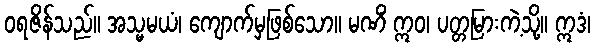
ဝရဇိန်သည်။ အသ္မမယံ၊ ကျောက်မှဖြစ်သော။ မဏိံ ဣဝ၊ ပတ္တမြားကဲ့သို့။ ဣဒံ၊